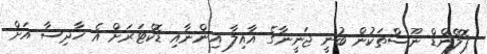
ޕޮލޭންޑް ނޫސްތަކުން ބުނީ ޖަނީނާގެ އާއިލާ އިންނާއި ޑޮކްޓަރަށް އެ ހާދިސާ އަށް